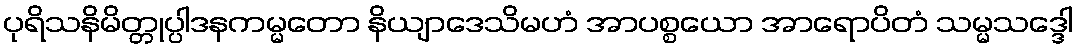
ပုရိသနိမိတ္တုပ္ပါဒနကမ္မတော နိယျာဒေသိမဟံ အာပစ္စယော အာရောပိတံ သမ္မသဒ္ဒေါ